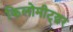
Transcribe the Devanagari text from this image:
किलोमीट्य़र